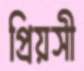
প্রিয়সী